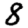
Digit: 8